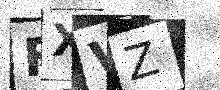
Text: FXVZ